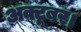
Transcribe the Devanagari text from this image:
अक्टूबर।